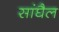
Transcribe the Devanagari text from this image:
सांघैल